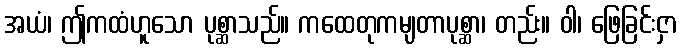
အယံ၊ ဤကထံဟူသော ပုစ္ဆာသည်။ ကထေတုကမျတာပုစ္ဆာ၊ တည်း။ ဝါ၊ ဖြေခြင်းငှာ